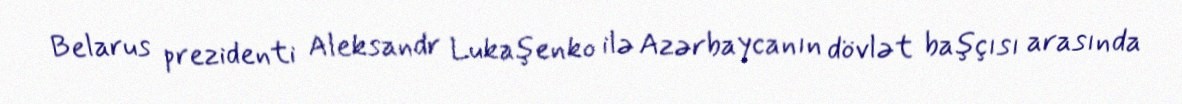
Belarus prezidenti Aleksandr Lukaşenko ilə Azərbaycanın dövlət başçısı arasında